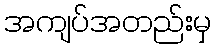
အကျပ်အတည်းမှ